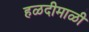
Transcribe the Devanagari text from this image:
हळदीमाळी